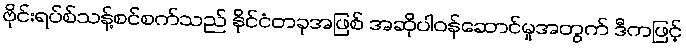
ဗိုင်းရပ်စ်သန့်စင်စက်သည် နိုင်ငံတခုအဖြစ် အဆိုပါဝန်ဆောင်မှုအတွက် ဒီကဖြင့်